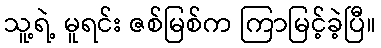
သူ့ရဲ့ မူရင်း ဇစ်မြစ်က ကြာမြင့်ခဲ့ပြီ။